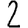
Digit: 2